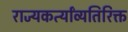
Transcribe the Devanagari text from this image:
राज्यकर्त्यांव्यतिरिक्त